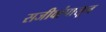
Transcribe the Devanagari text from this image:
सजीवांपासून